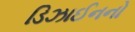
ડિઝાઈનનો